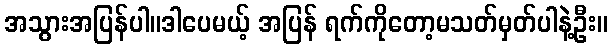
အသွားအပြန်ပါ။ဒါပေမယ့် အပြန် ရက်ကိုတော့မသတ်မှတ်ပါနဲ့ဦး။